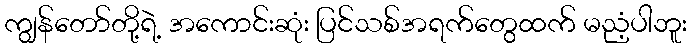
ကျွန်တော်တို့ရဲ့ အကောင်းဆုံး ပြင်သစ်အရက်တွေထက် မညံ့ပါဘူး